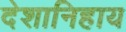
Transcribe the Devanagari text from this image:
देशानिहाय